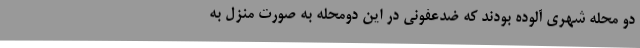
دو محله شهری آلوده بودند که ضدعفونی در این دومحله به صورت منزل به